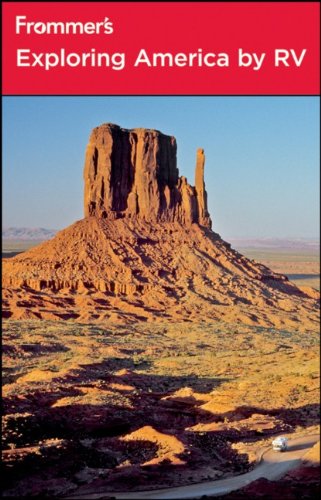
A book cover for Frommer's Exploring America by RV (Frommer's Complete Guides); Shirley Slater; Travel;